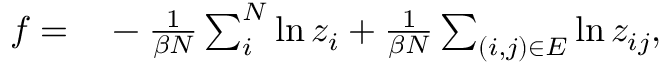
\begin{array} { r l } { f = } & { { } - \frac { 1 } { \beta N } \sum _ { i } ^ { N } \ln z _ { i } + \frac { 1 } { \beta N } \sum _ { ( i , j ) \in E } \ln z _ { i j } , } \end{array}